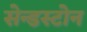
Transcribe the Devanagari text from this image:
सेन्डस्टोन